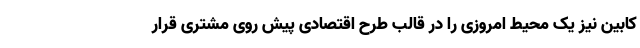
کابین نیز یک محیط امروزی را در قالب طرح اقتصادی پیش روی مشتری قرار